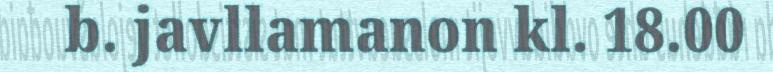
b. javllamanon kl. 18.00